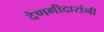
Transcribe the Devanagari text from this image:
देणगीदारांनी